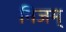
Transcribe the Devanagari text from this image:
निजम्